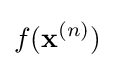
f(\mathbf {x} ^{(n)})